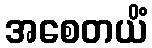
အစေတယိံ